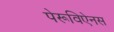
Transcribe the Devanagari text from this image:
पेरूविऐनस